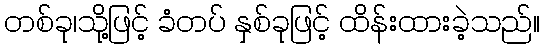
တစ်ခု၊သို့ဖြင့် ခံတပ် နှစ်ခုဖြင့် ထိန်းထားခဲ့သည်။